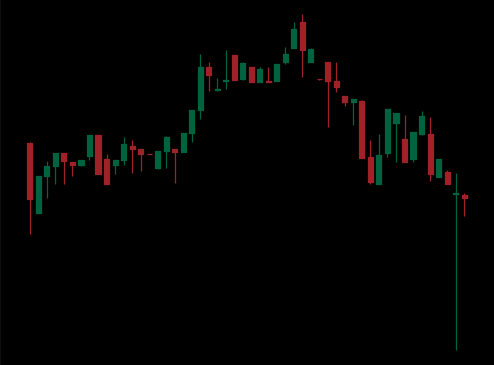
Pattern: head_shoulders